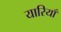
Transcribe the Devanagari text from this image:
यारियाँ